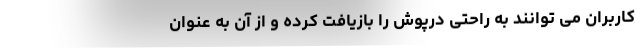
کاربران می توانند به راحتی درپوش را بازیافت کرده و از آن به عنوان